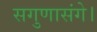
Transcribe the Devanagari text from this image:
सगुणासंगे।